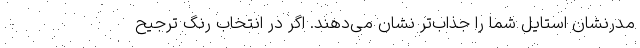
مدرنشان استایل شما را جذاب‌تر نشان می‌دهند. اگر در انتخاب رنگ ترجیح